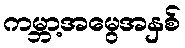
ကမ္ဘာ့အမွေအနှစ်